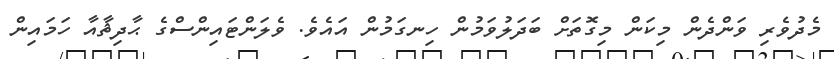
މެދުވެރި ވަންދެން މިކަން މިގޮތަށް ބަދަލުވަމުން ހިނގަމުން އައެވެ. ވެލަންޓައިންސްގެ ޙާދިޘާއާ ހަމައިން